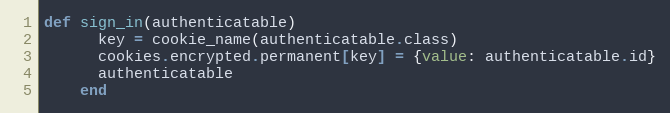
Language: Ruby
def sign_in(authenticatable)
      key = cookie_name(authenticatable.class)
      cookies.encrypted.permanent[key] = {value: authenticatable.id}
      authenticatable
    end